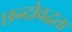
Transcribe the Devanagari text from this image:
छन्दोवद्धता